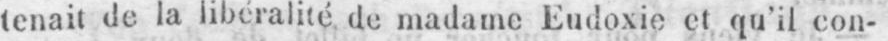
tenait de la libéralité de madame Eudoxie et qu’il con-